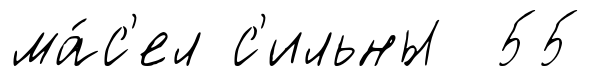
ма́с'ел с'ильны 55